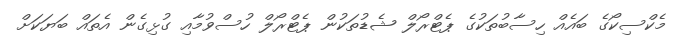
މެކްސިކޯގެ ބައެއް ހިސާބުތަކުގެ ޕެޓްރޯލް ޝެޑުތަކުން ޕެޓްރޯލް ހުސްވުމާއި ގުޅިގެން އެތައް ބަޔަކަށް